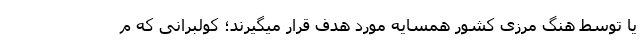
یا توسط هنگ مرزی کشور همسایه مورد هدف قرار میگیرند؛ کولبرانی که م